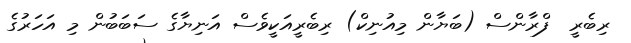
ރިބެރީ  ފްރާންސް (ބަޔާން މިއުނިކް) ރިބެރީއަކީވެސް އަނިޔާގެ ސަބަބުން މި އަހަރުގެ